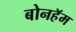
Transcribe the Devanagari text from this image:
बोनहॅम